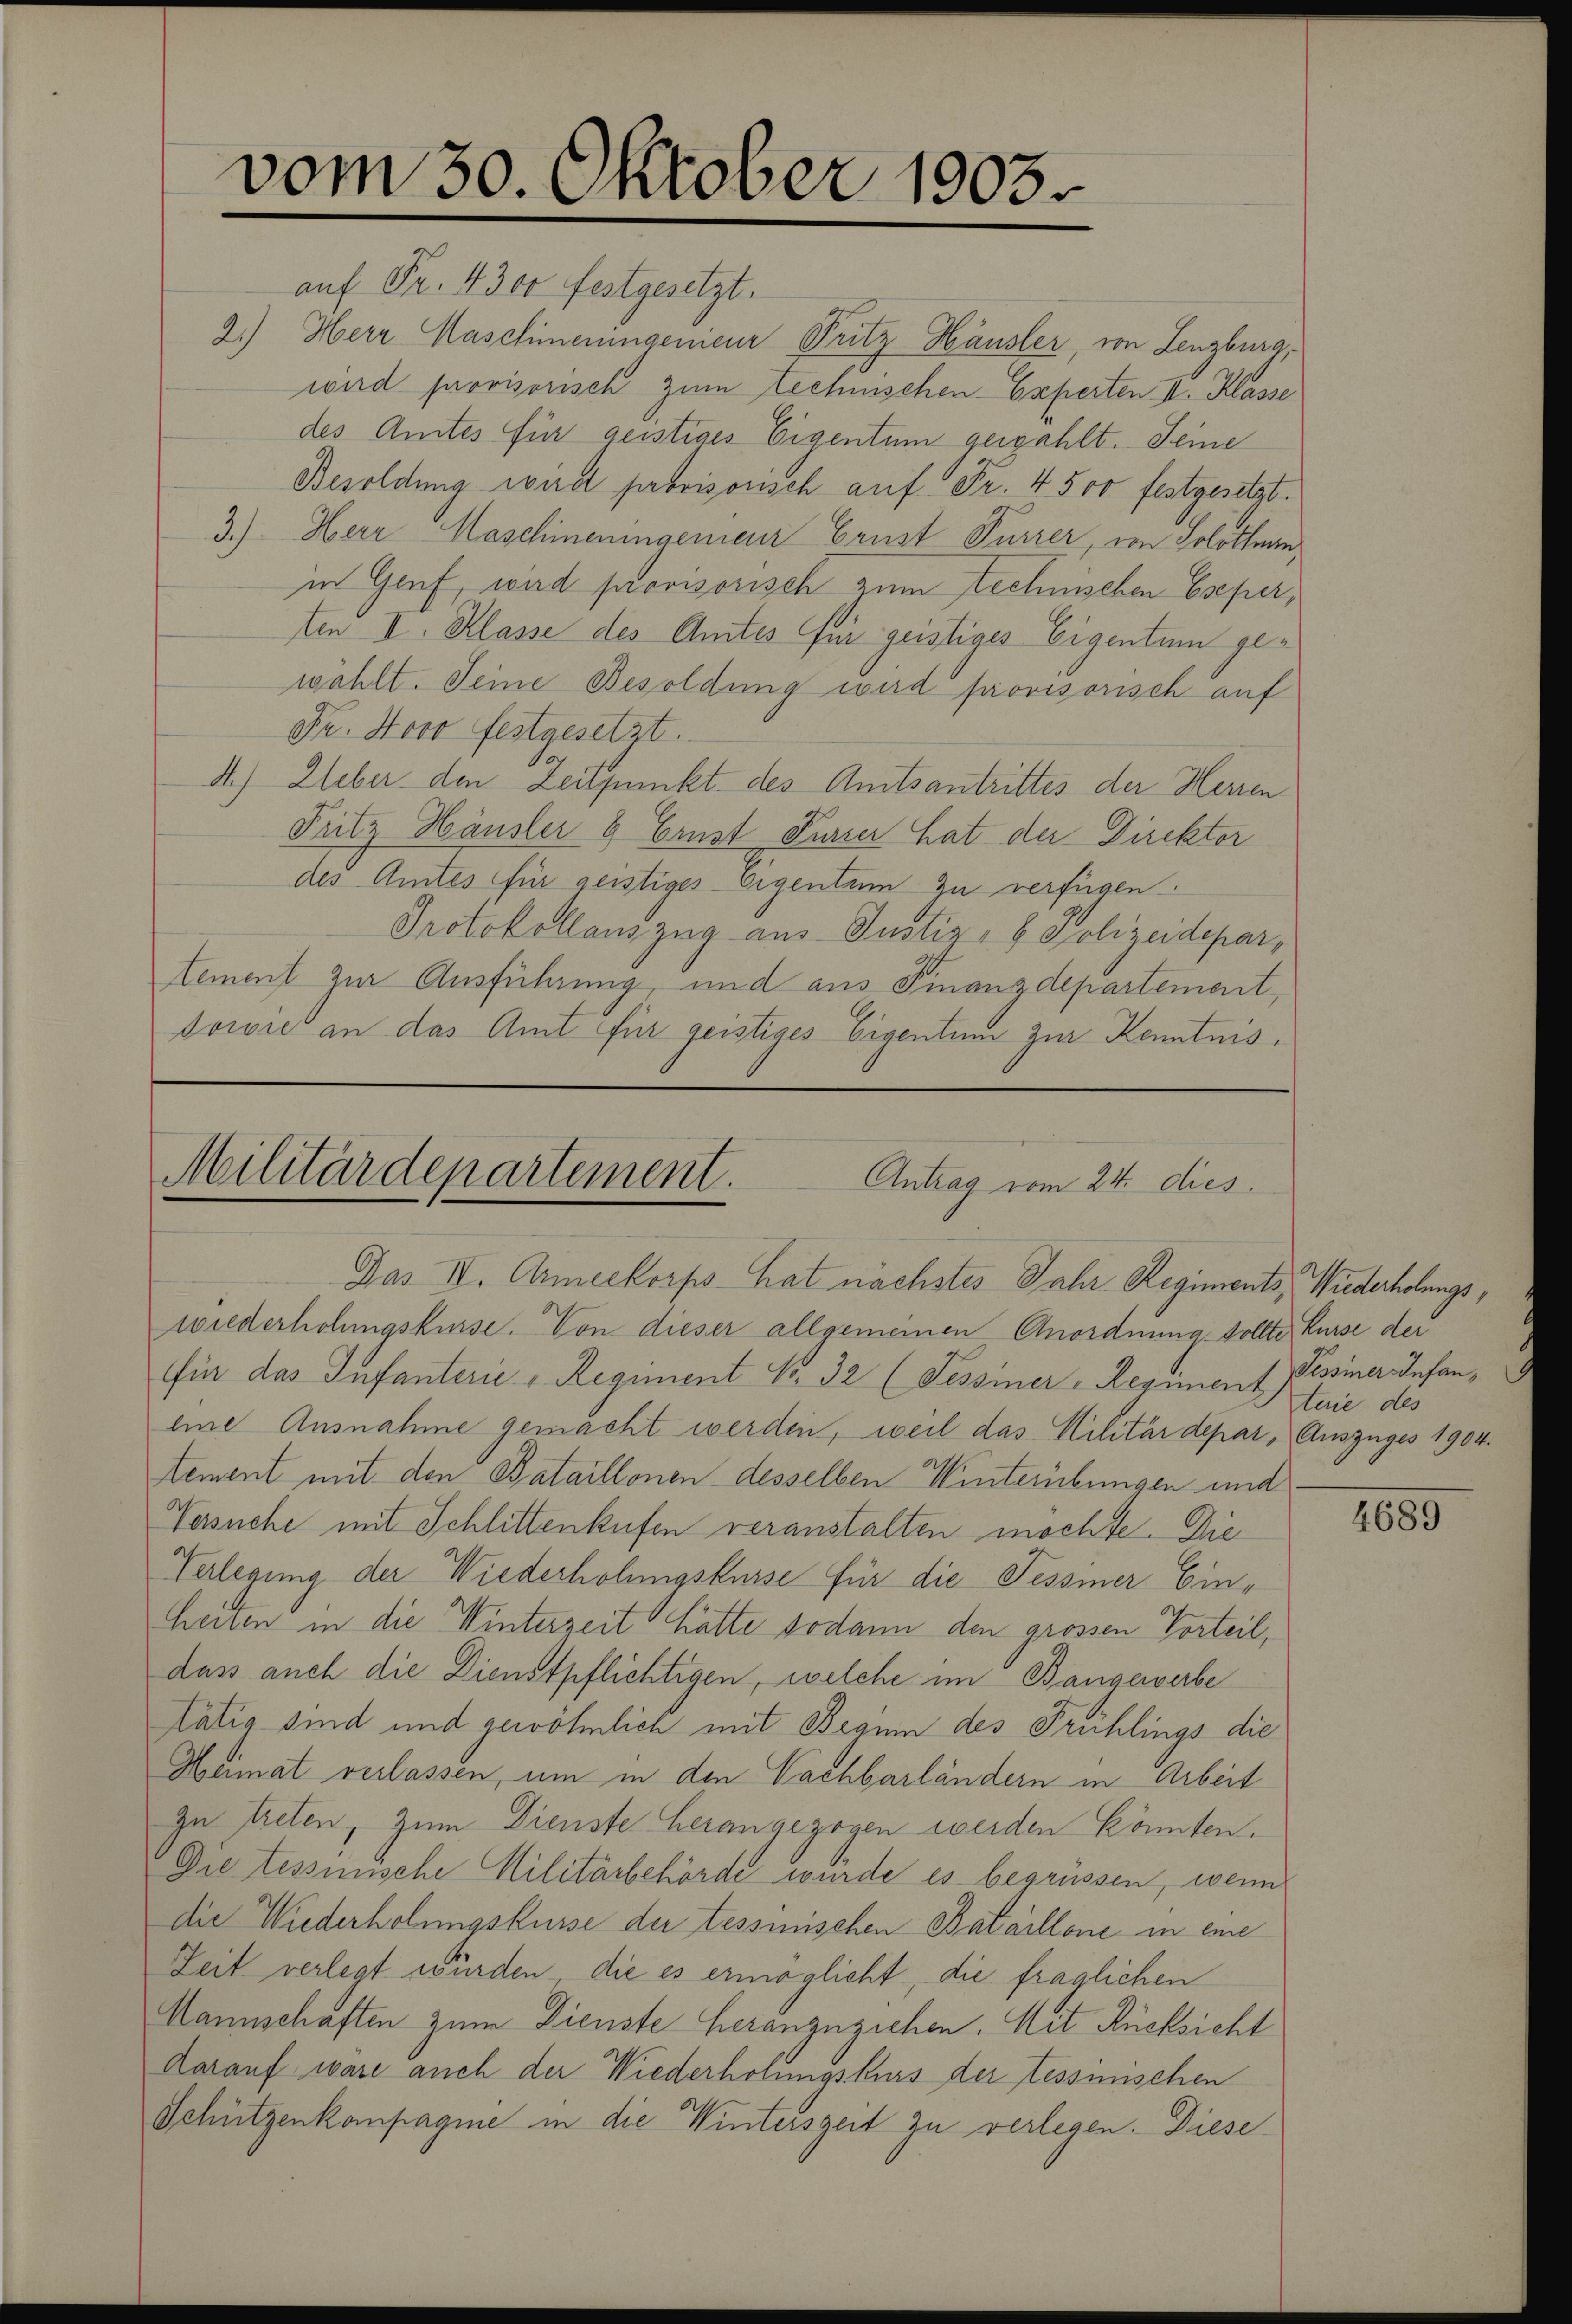
vom 30. Oktober 1903

auf Fr. 4300 festgesetzt.
2.) Herr Maschineningenieur Fritz Häusler, von Lenzburg,
wird provisorisch zum Lechnischen-Experten II. Klasse
des Amtes für geistiges Eigentum gewählt. Seine
Besoldung wird provisorisch auf Fr. 4 500 festgesetzt.
3.) Herr Maschineningenieur Grust Furrer, von Solothurn,
in Genf, wird provisorisch zum Lechnischen Eseper,
ten II. Klasse des Amtes für geistiges Eigentum gewählt. Seine Besoldung wird provisorisch auf
Fr. Horo festgesetzt.
A.) Ueber den Zeitpunkt des Amtsantrittes der Herren
Fritz Häusler & Ernst Purzer hat der Direkter
des Amtes für geistiges Eigentum zu verfügen.
Protokollauszug aus Justiz- & Polizeidepartement zur Ausführung, und aus Finanzdepartement,
dowie an das Amt für geistiges Eigentum zur Kenntnis¬

Militärdepartement.
Antrag vom 24. dies
Das II. Armeekorps hat nächstes Jahr Regiments Wiederholungs¬

wiederholungskurse. Von dieser allgemeinen Anordnung sollte Kurse der
für das Infanterie - Regiment No. 32 (Tessiner-Regiment Pessiner Infaneine Ausnahme gemacht werden, weil das Militärdepar, Auszuges 1904.
tement mit den Bataillonen desselben Winterübungen und
Versuche mit Schlittenkufen veranstalten möchte. Die
Verlegung der Wiederholungskurse für die Tessiner Einheiten in die Winterzeit hatte sodann den grossen Vorteil,
dass auch die Dienstpflichtigen, welche im Bangewerbe
Tätig sind und gewöhnlich mit Begum des Frühlings die
Heimat verlassen, um in den Nachbarländern in Arbeit
zu treten, zum Dienste herangezogen werden könnten.
Die tessinische Militärbehörde würde es begrüssen, wenn
die Wiederholungskurse der tessinischen Bataillone in eine
Zeit verlegt würden, die es ermöglicht, die fraglichen
Mannschaften zum Dienste heranzuziehen. Mit Rücksicht
Aarauf wäre auch der Wiederholungskurs der tessenschen
Schützenkompagnie in die Winterszeit zu verlegen. Diese

terie des

4685